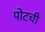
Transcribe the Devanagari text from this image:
पोटची